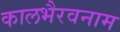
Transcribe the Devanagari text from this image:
कालभैरवनाम